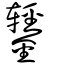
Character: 鑋